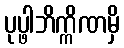
ပုပ္ဖါဘိက္ကိဏမှိ